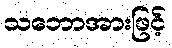
သဘောအားဖြင့်